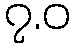
၇.ဝ